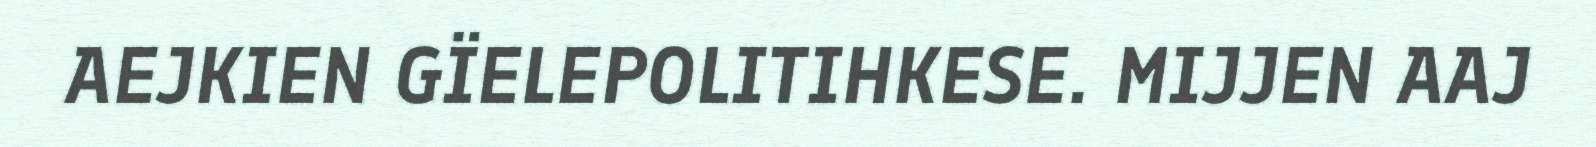
AEJKIEN GÏELEPOLITIHKESE. MIJJEN AAJ